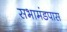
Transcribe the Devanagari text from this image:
सभामंडपास